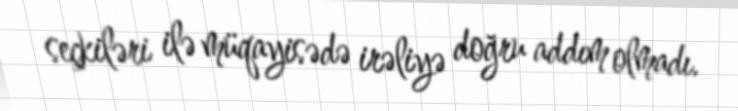
seçkiləri ilə müqayisədə irəliyə doğru addım olmadı.